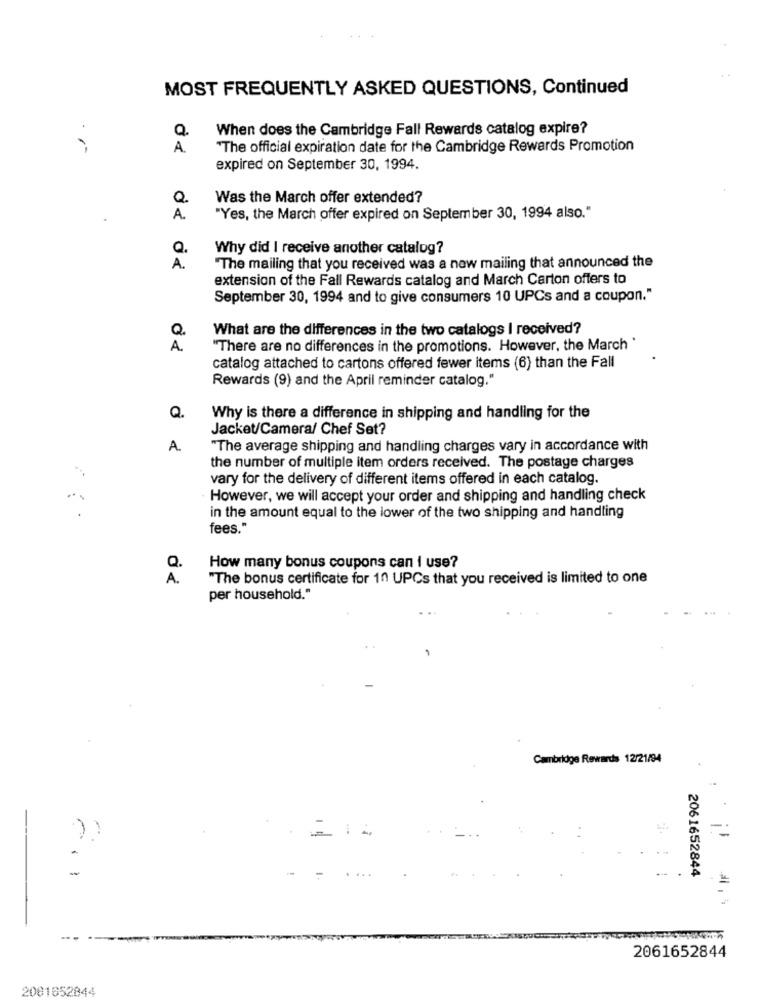
MOST FREQUENTLY ASKED QUESTIONS, Continued
Q.
When does the Cambridge Fall Rewards catalog expire?
A.
"The official expiration date for the Cambridge Rewards Promotion
expired on September 30, 1994.
Was the March offer extended?
A.
"Yes, the March offer expired on September 30, 1994 also."
Q.
Why did I receive another catalog?
A .
"The mailing that you received was a now mailing that announced the
extension of the Fall Rewards catalog and March Carton offers to
September 30, 1994 and to give consumers 10 UPCs and a coupon."
Q
What are the differences in the two catalogs I received?
A.
"There are no differences in the promotions. However, the March '
catalog attached to cartons offered fewer items (6) than the Fall
Rewards (9) and the April reminder catalog."
Q.
Why is there a difference in shipping and handling for the
Jacket/Camera/ Chef Set?
A.
"The average shipping and handling charges vary in accordance with
the number of multiple item orders received. The postage charges
vary for the delivery of different items offered in each catalog.
However, we will accept your order and shipping and handling check
in the amount equal to the lower of the two shipping and handling
fees."
How many bonus coupons can i use?
A .
"The bonus certificate for 10 UPCs that you received is limited to one
per household."
Cambridge Rewards 12/21/94
. .
2061652844
..
2061652844
2001652844